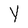
Character: Y